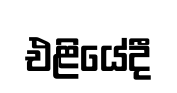
එළියේදී